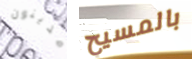
مدينون بالمسيح